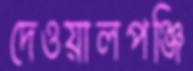
দেওয়ালপঞ্জি